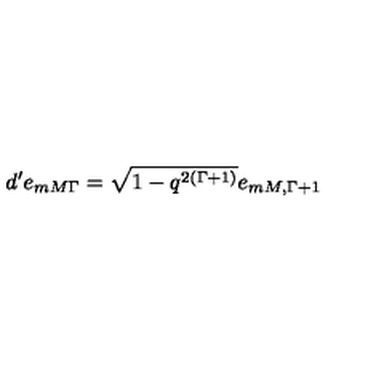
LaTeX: d ^ { \prime } e _ { m M \Gamma } = \sqrt { 1 - q ^ { 2 ( \Gamma + 1 ) } } e _ { m M , \Gamma + 1 }